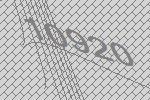
10920